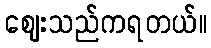
ဈေးသည်ကရတယ်။